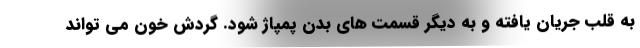
به قلب جریان یافته و به دیگر قسمت های بدن پمپاژ شود. گردش خون می تواند